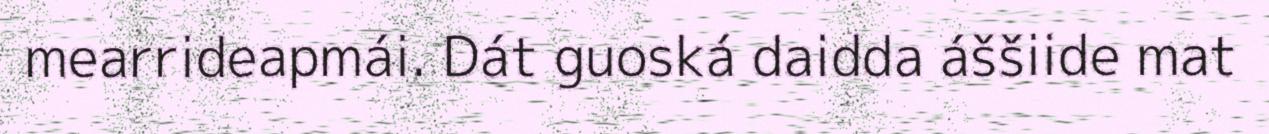
mearrideapmái. Dát guoská daidda áššiide mat